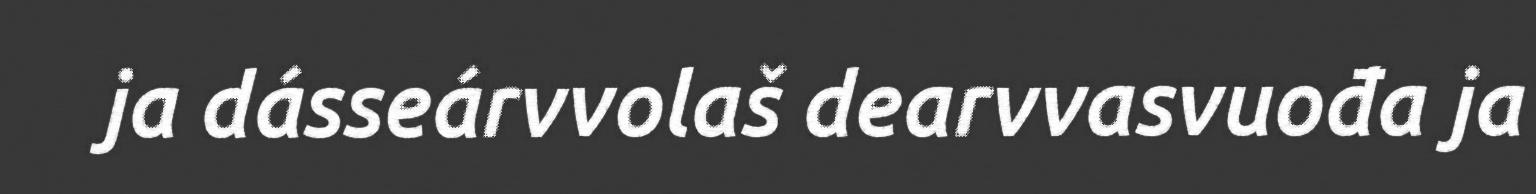
ja dásseárvvolaš dearvvasvuođa ja